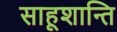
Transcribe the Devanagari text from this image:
साहूशान्ति